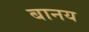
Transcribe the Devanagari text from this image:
बानय